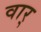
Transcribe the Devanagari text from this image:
वार्